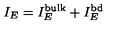
I _ { E } = I _ { E } ^ { \mathrm { b u l k } } + I _ { E } ^ { \mathrm { b d } }